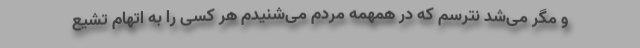
و مگر می‌شد نترسم که در همهمه مردم می‌شنیدم هر کسی را به اتهام تشیّع